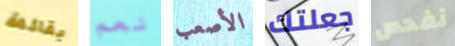
بقائمة نعم الأصعب جعلتك نفحص